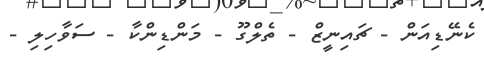
ކެނޭޑިއަން - ޗައިނީޒް - ތެލްގޫ - މަންޑިންކާ - ސަވާހިލި -